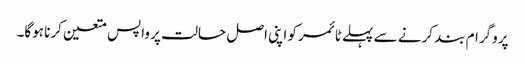
پروگرام بند کرنے سے پہلے ٹائمر کو اپنی اصل حالت پر واپس متعین کرنا ہوگا۔